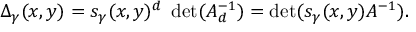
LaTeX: \Delta _ { \gamma } ( x , y ) = s _ { \gamma } ( x , y ) ^ { d } \; \operatorname * { d e t } ( A _ { d } ^ { - 1 } ) = \operatorname * { d e t } ( s _ { \gamma } ( x , y ) A ^ { - 1 } ) .